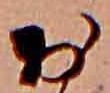
お